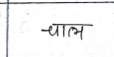
मजकूर: चाल